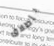
بأطلاق